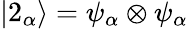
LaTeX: |2_{\alpha}\rangle=\psi_{\alpha}\otimes\psi_{\alpha}